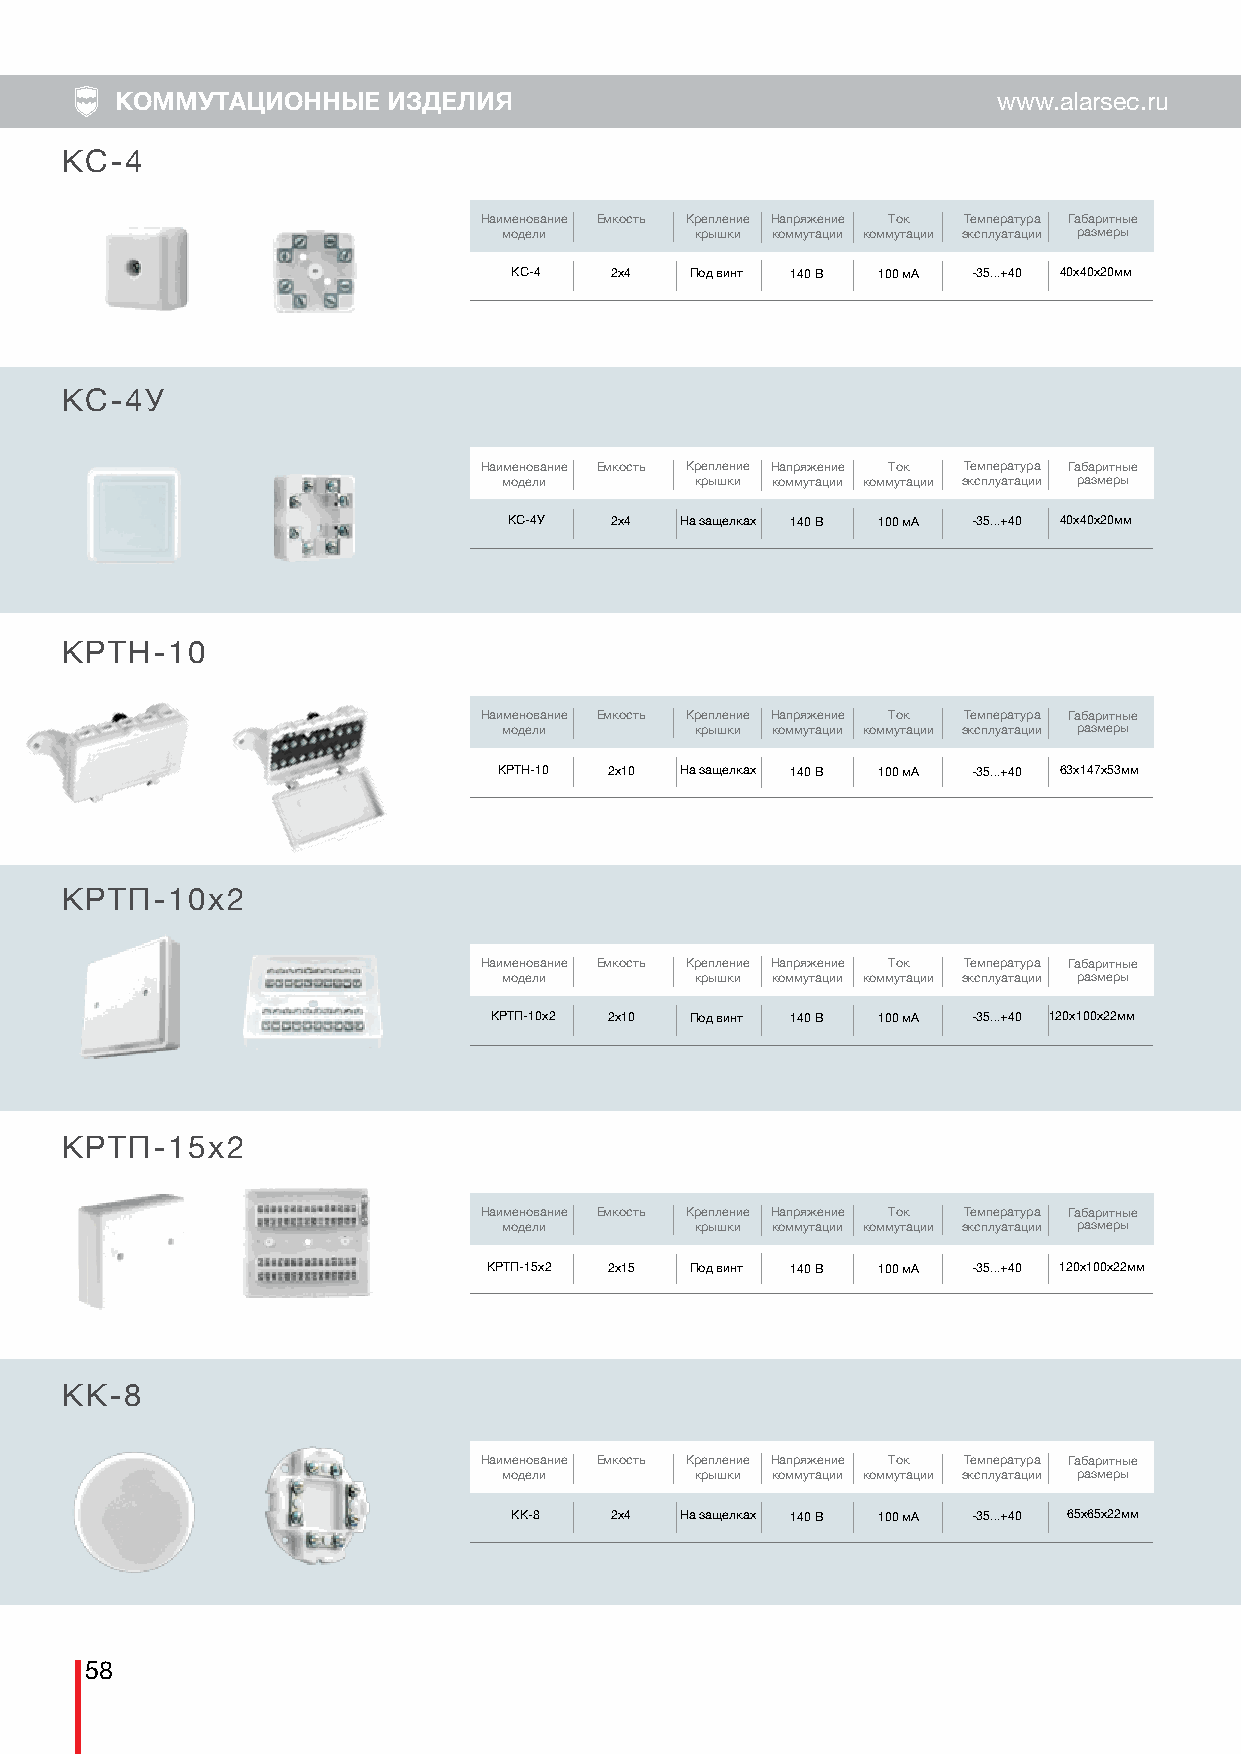
КОММУТАЦИОННЫЕ    ИЗДЕЛИЯ                                 www.alarsec.ru
 КС-4
 ББП                             Наименование Емкость Крепление Напряжение Ток Температура Габаритные
 модели       крышки коммутации коммутации эксплуатации размеры
 КС-4  2х4   Под винт 140 В 100 мА -35...+40 40х40х20мм
 КС-4У
 Наименование Емкость Крепление Напряжение Ток Температура Габаритные
 модели       крышки коммутации коммутации эксплуатации размеры
 КС-4У 2х4  На защелках 140 В 100 мА -35...+40 40х40х20мм
 КРТН-10
 Наименование Емкость Крепление Напряжение Ток Температура Габаритные
 модели       крышки коммутации коммутации эксплуатации размеры
 КРТН-10 2х10 На защелках 140 В 100 мА -35...+40 63х147х53мм
 КРТП-10х2
 Наименование Емкость Крепление Напряжение Ток Температура Габаритные
 модели       крышки коммутации коммутации эксплуатации размеры
 КРТП-10х2 2х10 Под винт 140 В 100 мА -35...+40 120х100х22мм
 КРТП-15х2
 Наименование Емкость Крепление Напряжение Ток Температура Габаритные
 модели       крышки коммутации коммутации эксплуатации размеры
 КРТП-15х2 2х15 Под винт 140 В 100 мА -35...+40 120х100х22мм
 КК-8
 Наименование Емкость Крепление Напряжение Ток Температура Габаритные
 модели       крышки коммутации коммутации эксплуатации размеры
 КК-8  2х4  На защелках 140 В 100 мА -35...+40 65х65х22мм
 58